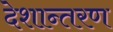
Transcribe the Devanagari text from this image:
देशान्तरण